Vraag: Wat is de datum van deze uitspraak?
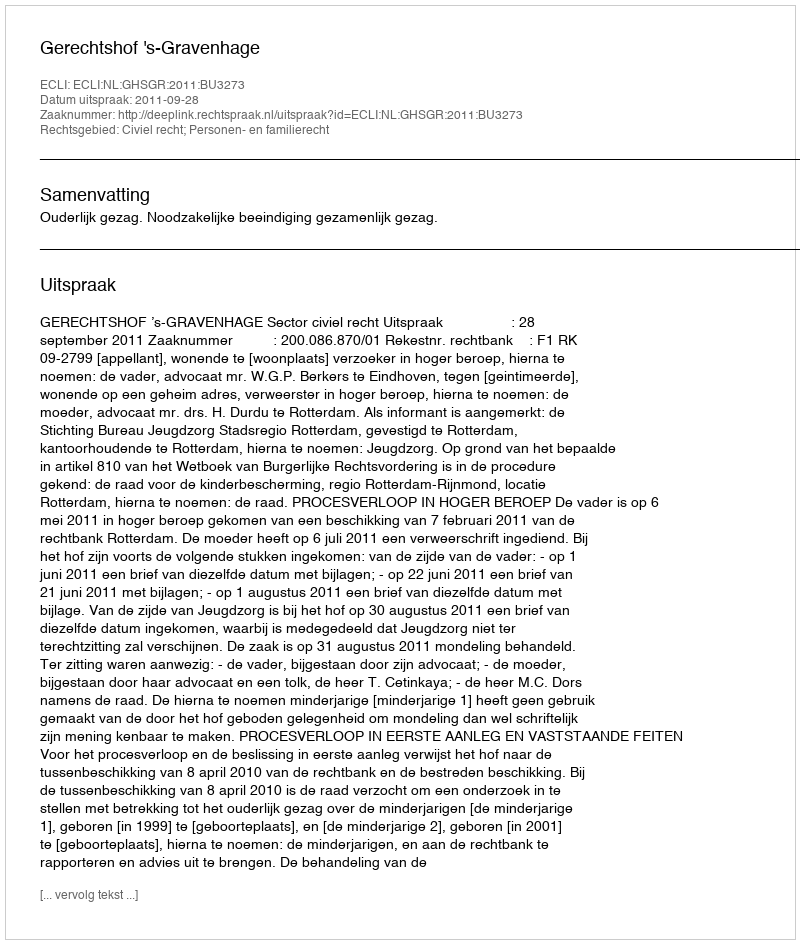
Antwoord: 2011-09-28